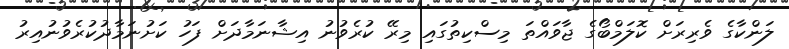
ލަންކާގެ ވެރިރަށް ކޮލަމްބޯގެ ޖާވައްތަ މިސްކިތުގައި މިރޭ ކުރެވުނު އިޝާނަމާދަށް ފަހު ކަށުނަމާދުކުރެވުނުއިރު